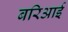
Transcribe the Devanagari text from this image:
बरिआई